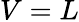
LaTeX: V=L